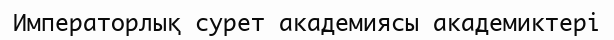
Императорлық сурет академиясы академиктері